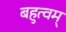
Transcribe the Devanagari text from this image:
बहुत्वम्